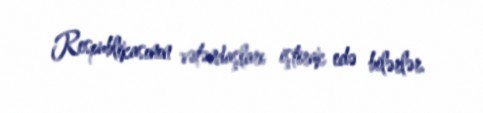
Respublikasının vətəndaşları iştirak edə bilərlər.